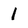
Character: I